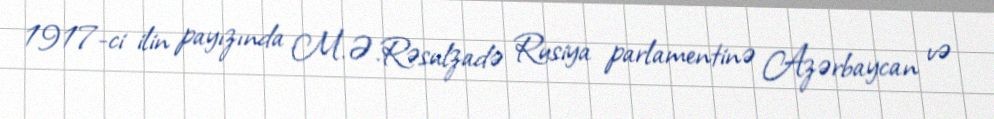
1917-ci ilin payızında M.Ə.Rəsulzadə Rusiya parlamentinə Azərbaycan və